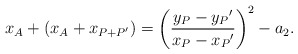
\begin{align*} x_A+(x_A+x_{P+P'})=\left( \frac{y_P-{y_P}'}{x_P-{x_P}'} \right)^2 -a_2. \end{align*}